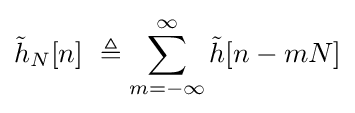
{\tilde {h}}_{N}[n]\ \triangleq \sum _{m=-\infty }^{\infty }{\tilde {h}}[n-mN]